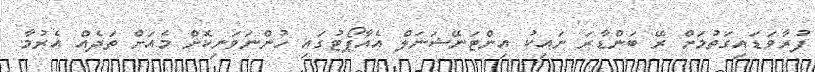
ފުރާވަޑައިގަތުމަށް ރޭ ބަންޑާރަ ނައިކު އިންޓަނޭޝަނަލް އެއާޕޯޓުގައި ހުންނަވަނިކޮށް މެއަށް ތަދެއް އެރުމާ